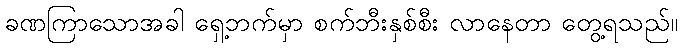
ခဏကြာသောအခါ ရှေ့ဘက်မှာ စက်ဘီးနှစ်စီး လာနေတာ တွေ့ရသည်။